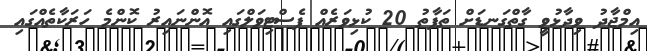
އިމްޖާދު ވިދާޅުވީ ގާތްގަނޑަށް ތަފާތު 20 ކުޅިވަރެއް ފެސްޓިވަލްގައި އޮންނައިރު ކޮންމެ ހަރަކާތެއްގައި